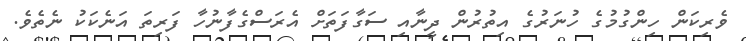
ވެރިކަން ހިންގުމުގެ ހުނަރުގެ އިތުރުން ދީނާއި ސަގާފަތަށް އެރަސްގެފާނުހާ ފަރިތަ އަނެކަކު ނެތެވެ.